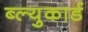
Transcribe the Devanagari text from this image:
ब्ल्युकार्ड